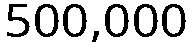
500,000